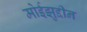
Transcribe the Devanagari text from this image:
मोईझुद्दीन